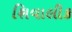
શિવાલીક